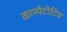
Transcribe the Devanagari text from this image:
काम्पेटीटिव